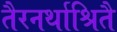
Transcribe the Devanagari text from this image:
तैरनर्थाश्रितै